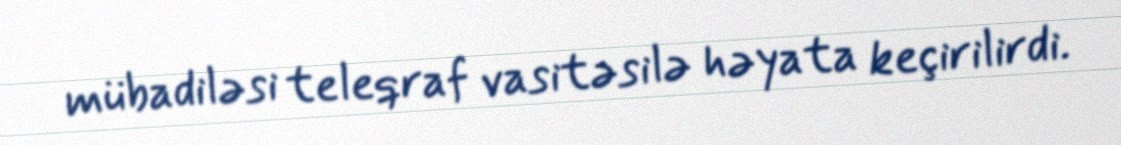
mübadiləsi teleqraf vasitəsilə həyata keçirilirdi.